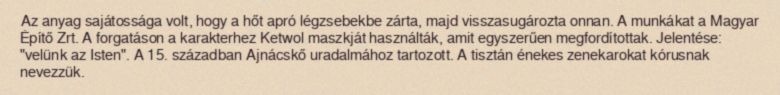
Az anyag sajátossága volt, hogy a hőt apró légzsebekbe zárta, majd visszasugározta onnan. A munkákat a Magyar Építő Zrt. A forgatáson a karakterhez Ketwol maszkját használták, amit egyszerűen megfordítottak. Jelentése: "velünk az Isten". A 15. században Ajnácskő uradalmához tartozott. A tisztán énekes zenekarokat kórusnak nevezzük.